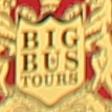
big